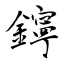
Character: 鑏